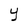
Character: Y